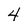
Character: 4